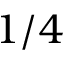
1 / 4